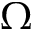
\Omega